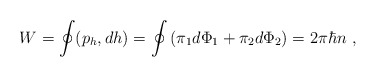
\begin{align*}W =\oint(p_h,dh) = \oint \left(\pi_1d\Phi_1 + \pi_2d\Phi_2\right)=2\pi\hbar n\ ,\end{align*}